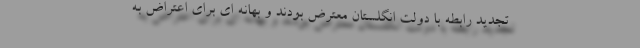
تجدید رابطه با دولت انگلستان معترض بودند و بهانه ای برای اعتراض به